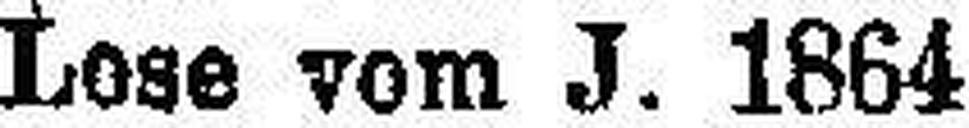
Lose vom J. 1864 zu 100 fl. „ „ „